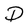
Character: D